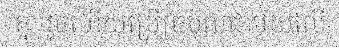
គ្នា រួចហើយប្រើច្របល់ជាមួយលើ